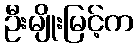
ဦးမျိုးမြင့်က